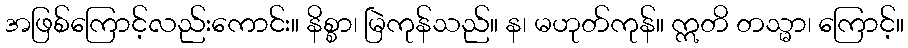
အဖြစ်ကြောင့်လည်းကောင်း။ နိစ္စာ၊ မြဲကုန်သည်။ န၊ မဟုတ်ကုန်။ ဣတိ တသ္မာ၊ ကြောင့်။